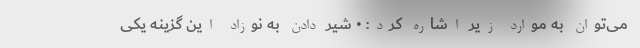
می‌توان به موارد زیر اشاره کرد: • شیر دادن به نوزاد این گزینه یکی